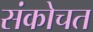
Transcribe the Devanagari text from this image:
संकोचत